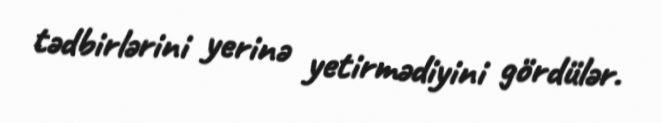
tədbirlərini yerinə yetirmədiyini gördülər.